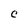
Character: c